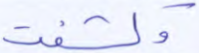
وكشفت